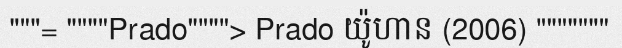
"""= """"Prado""""> Prado យ៉ូហាន (2006) """""""